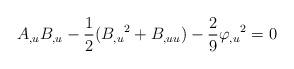
LaTeX: \begin{align*}A_{,u} B_{,u}-\frac{1}{2}(B_{,u}{}^2+B_{,uu})-\frac{2}{9}\varphi_{,u}{}^{2}=0 \end{align*}